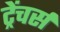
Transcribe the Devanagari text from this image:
ट्रेंचर्स